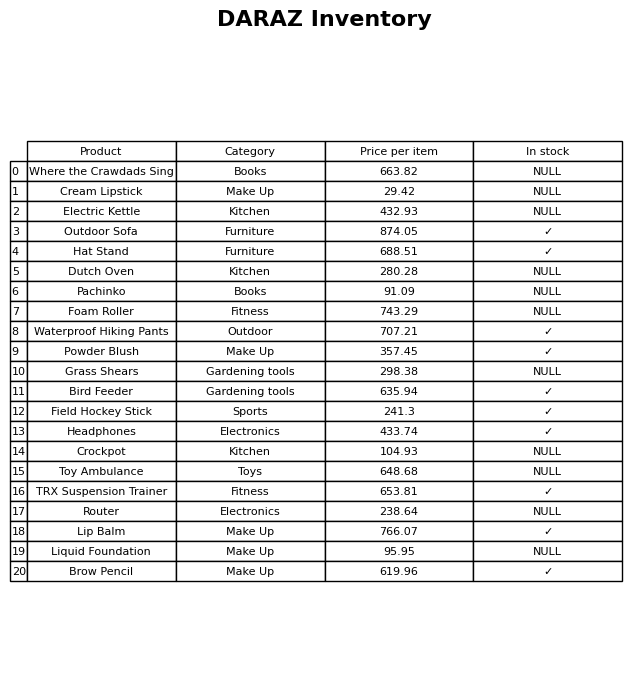
question: What is the price of the Electric Kettle?
answer: The price of Electric Kettle is 432.93.